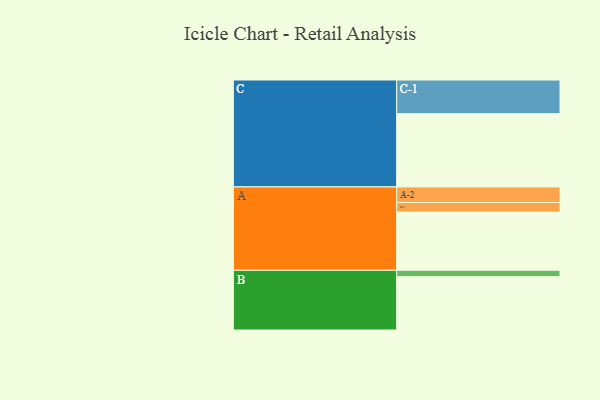
{"axis": {"x": "Segment", "y": "Value"}, "legend": ["", "A", "B", "C"], "data": [{"x": "A", "y": 475, "type": ""}, {"x": "B", "y": 435, "type": ""}, {"x": "C", "y": 597, "type": ""}, {"x": "A-1", "y": 78, "type": "A"}, {"x": "A-2", "y": 127, "type": "A"}, {"x": "B-1", "y": 52, "type": "B"}, {"x": "C-1", "y": 275, "type": "C"}]}